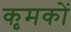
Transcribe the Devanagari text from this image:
कृमकों